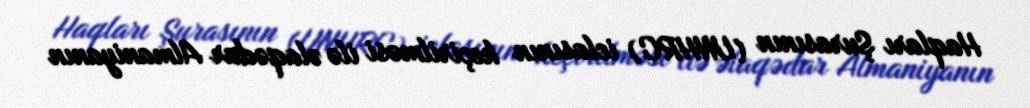
Haqları Şurasının (UNHRC) iclasının keçirilməsi ilə əlaqədar Almaniyanın